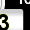
Digit: 3